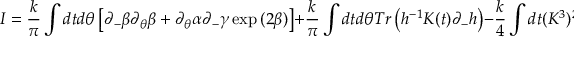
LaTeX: I = \frac { k } { \pi } \int d t d \theta \left[ \partial _ { - } \beta \partial _ { \theta } \beta + \partial _ { \theta } \alpha \partial _ { - } \gamma \exp { ( 2 \beta ) } \right] + \frac { k } { \pi } \int d t d \theta T r \left( h ^ { - 1 } K ( t ) \partial _ { - } h \right) - \frac { k } { 4 } \int d t ( K ^ { 3 } ) ^ { 2 }